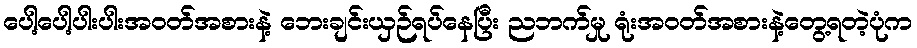
ပေါ့ပေါ့ပါးပါးအဝတ်အစားနဲ့ ဘေးချင်းယှဉ်ရပ်နေပြီး ညဘက်မှု ရုံးအဝတ်အစားနဲ့တွေ့ရတဲ့ပုံက